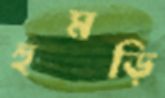
হুমড়ি